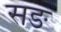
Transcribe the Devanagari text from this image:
सङ